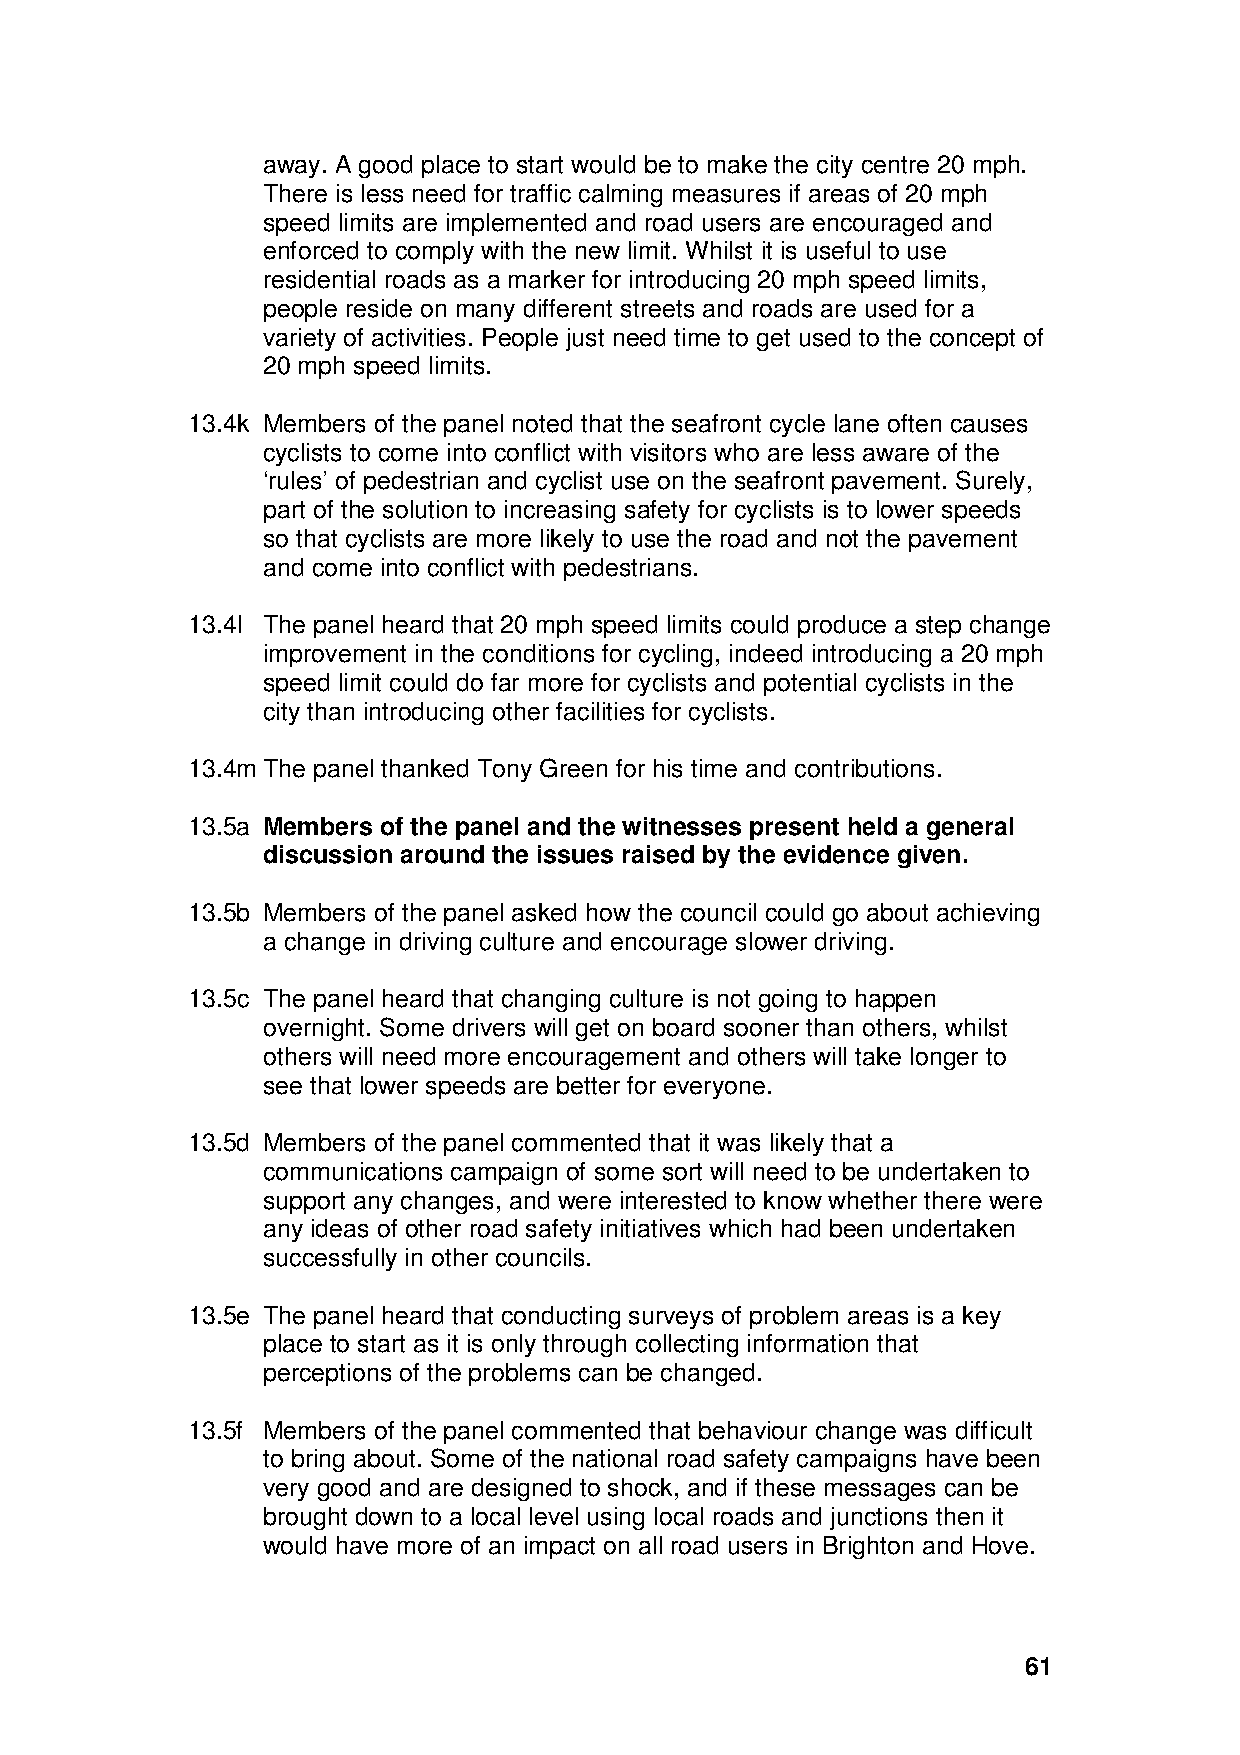
away. A good place to start would be to make the city centre 20 mph.
 There is less need for traffic calming measures if areas of 20 mph
 speed limits are implemented and road users are encouraged and
 enforced to comply with the new limit. Whilst it is useful to use
 residential roads as a marker for introducing 20 mph speed limits,
 people reside on many different streets and roads are used for a
 variety of activities. People just need time to get used to the concept of
 20 mph speed limits.
 13.4k Members of the panel noted that the seafront cycle lane often causes
 cyclists to come into conflict with visitors who are less aware of the
 ‘rules’ of pedestrian and cyclist use on the seafront pavement. Surely,
 part of the solution to increasing safety for cyclists is to lower speeds
 so that cyclists are more likely to use the road and not the pavement
 and come into conflict with pedestrians.
 13.4l The panel heard that 20 mph speed limits could produce a step change
 improvement in the conditions for cycling, indeed introducing a 20 mph
 speed limit could do far more for cyclists and potential cyclists in the
 city than introducing other facilities for cyclists.
 13.4m The panel thanked Tony Green for his time and contributions.
 13.5a Members of the panel and the witnesses present held a general
 discussion around the issues raised by the evidence given.
 13.5b Members of the panel asked how the council could go about achieving
 a change in driving culture and encourage slower driving.
 13.5c The panel heard that changing culture is not going to happen
 overnight. Some drivers will get on board sooner than others, whilst
 others will need more encouragement and others will take longer to
 see that lower speeds are better for everyone.
 13.5d Members of the panel commented that it was likely that a
 communications campaign of some sort will need to be undertaken to
 support any changes, and were interested to know whether there were
 any ideas of other road safety initiatives which had been undertaken
 successfully in other councils.
 13.5e The panel heard that conducting surveys of problem areas is a key
 place to start as it is only through collecting information that
 perceptions of the problems can be changed.
 13.5f Members of the panel commented that behaviour change was difficult
 to bring about. Some of the national road safety campaigns have been
 very good and are designed to shock, and if these messages can be
 brought down to a local level using local roads and junctions then it
 would have more of an impact on all road users in Brighton and Hove.
 61